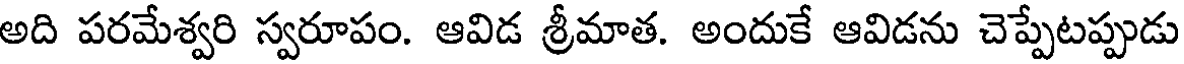
అది పరమేశ్వరి స్వరూపం. ఆవిడ శ్రీమాత. అందుకే ఆవిడను చెప్పేటప్పుడు